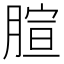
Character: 𦝻